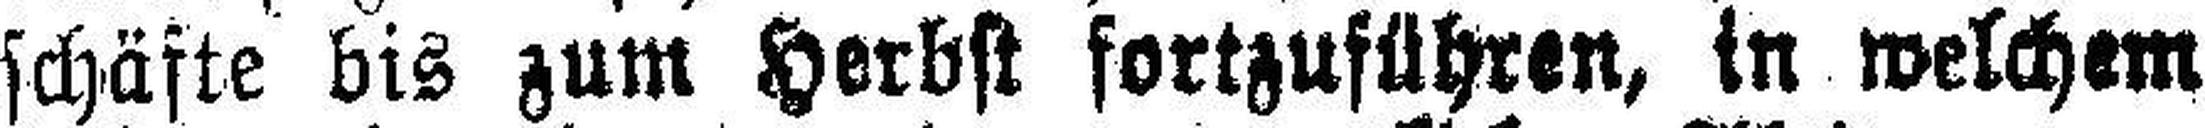
schäfte bis zum Herbst fortzuführen, in welchem